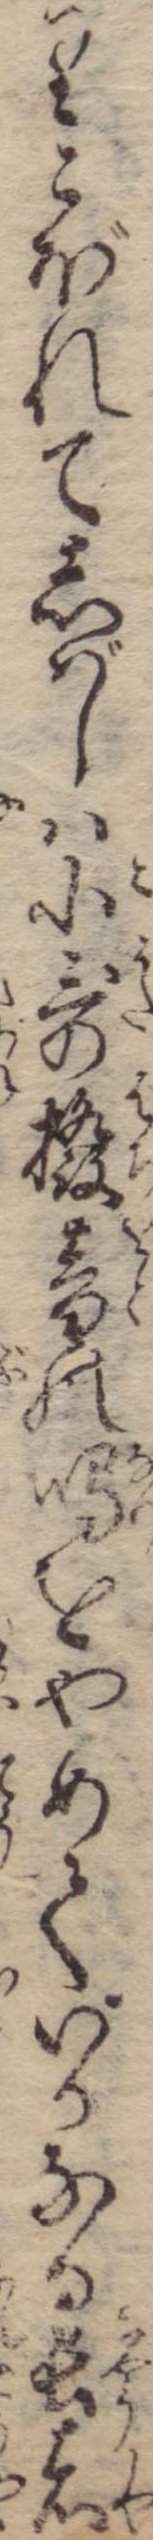
りこぼれてしばしは小歌撥音の鳴をやめていかなる長者